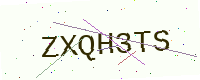
Text: ZXQH3TS